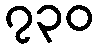
၇၃၀